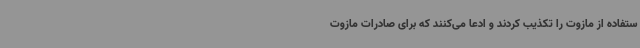
ستفاده از مازوت را تکذیب کردند و ادعا می‌کنند که برای صادرات مازوت